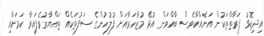
އިދިކޮޅު ފަރާތްތަކުން އަނެއްކާވެސް ބާއްވަން އުޅޭ މުޒާހަރާއަށް ފުލުހުންގެ ސަފުތަކެއް ތައްޔާރުވެފައިވާ ކަމަށާއި